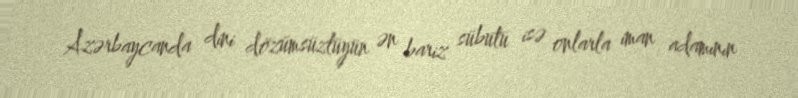
Azərbaycanda dini dözümsüzlüyün ən bariz sübutu isə onlarla iman adamının